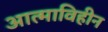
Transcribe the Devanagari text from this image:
आत्माविहीन